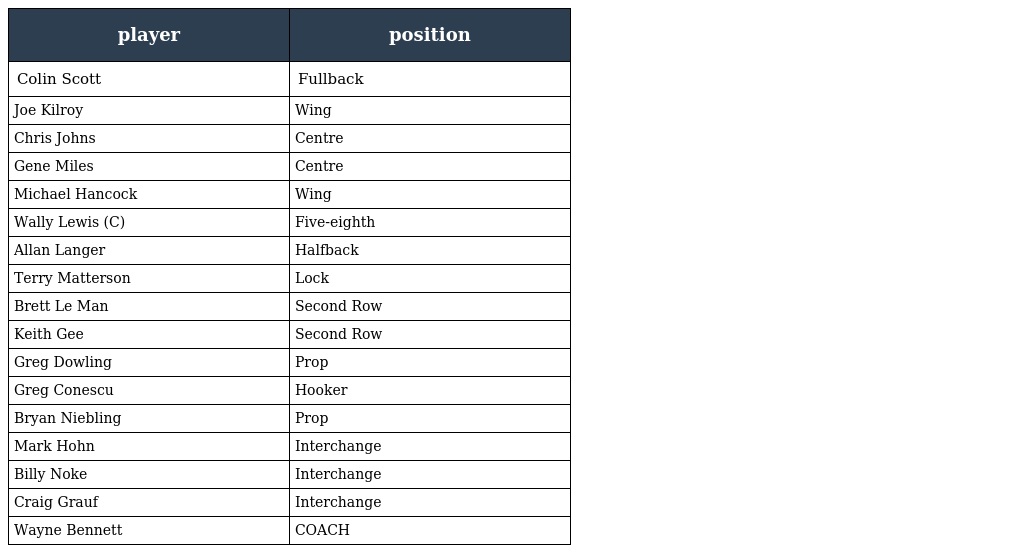
| player | position |
 | --- | --- |
 | Colin Scott | Fullback |
 | Joe Kilroy | Wing |
 | Chris Johns | Centre |
 | Gene Miles | Centre |
 | Michael Hancock | Wing |
 | Wally Lewis (C) | Five-eighth |
 | Allan Langer | Halfback |
 | Terry Matterson | Lock |
 | Brett Le Man | Second Row |
 | Keith Gee | Second Row |
 | Greg Dowling | Prop |
 | Greg Conescu | Hooker |
 | Bryan Niebling | Prop |
 | Mark Hohn | Interchange |
 | Billy Noke | Interchange |
 | Craig Grauf | Interchange |
 | Wayne Bennett | COACH |